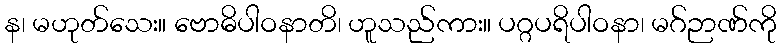
န၊ မဟုတ်သေး။ ဗောဓိပါဝနာတိ၊ ဟူသည်ကား။ ပဂ္ဂပရိပါဝနာ၊ မဂ်ဉာဏ်ကို